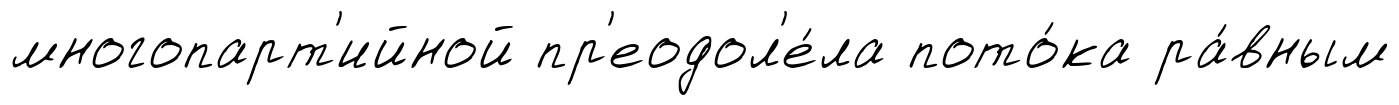
многопарт'ийной пр'еодол'е́ла пото́ка ра́вным